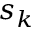
s _ { k }